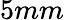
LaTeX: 5mm